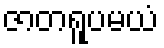
ဇာတရူပမယံ